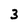
Character: 3